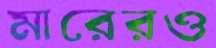
মারেরও